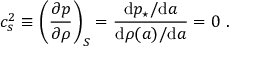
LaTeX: c _ { s } ^ { 2 } \equiv \left( \frac { \partial p } { \partial \rho } \right) _ { S } = { \frac { \mathrm { d } p _ { \star } / \mathrm { d } a } { \mathrm { d } \rho ( a ) / \mathrm { d } a } } = 0 \ .